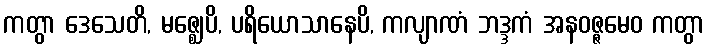
ကတွာ ဒေသေတိ, မဇ္ဈေပိ, ပရိယောသာနေပိ, ကလျာဏံ ဘဒ္ဒကံ အနဝဇ္ဇမေဝ ကတွာ